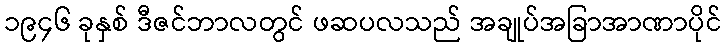
၁၉၄၆ ခုနှစ် ဒီဇင်ဘာလတွင် ဖဆပလသည် အချုပ်အခြာအာဏာပိုင်